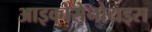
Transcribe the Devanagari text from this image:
आइकोसेनोयड्स